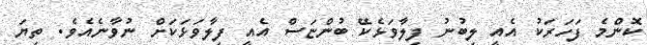
ކޮންމެ ފަހަރަކު އެއީ ލިބުނު ފިލާވަޅެކޭ ބުންޏަސް އެއީ ފިލާވަޅަކަށް ނުވާނެއެވެ. ތިޔަ